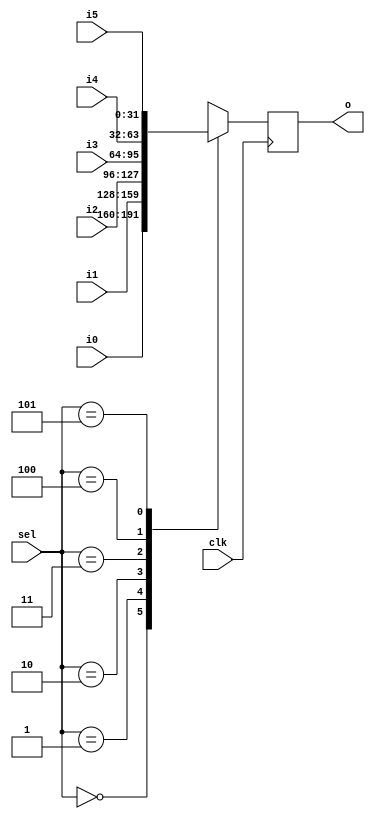
`timescale 1ns / 1ps
//////////////////////////////////////////////////////////////////////////////////
// Company: 
// Engineer: 
// 
// Design Name: 
// Module Name: pe_mux
// Project Name: 
// Target Devices: 
// Tool Versions: 
// Description: 
// 
// Dependencies: 
// 
// Revision:
// Revision 0.01 - File Created
// Additional Comments:
// 
//////////////////////////////////////////////////////////////////////////////////


module pe_mux(
    input clk,
    input [2:0] sel,
    input [31:0] i0,
    input [31:0] i1,
    input [31:0] i2,
    input [31:0] i3,
    input [31:0] i4,
    input [31:0] i5,
    
    output reg [31:0] o
    );
    
    always @(posedge clk) begin
      case(sel)
        3'b000: o <= i0;
        3'b001: o <= i1;
        3'b010: o <= i2;
        3'b011: o <= i3;
        3'b100: o <= i4;
        3'b101: o <= i5;
        default: o <= 32'hxxxxxxxx;
      endcase
    end
    
endmodule